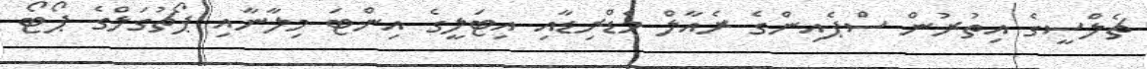
ޗެލްސީގެ އިތުރުން ސްޕެއިންގެ ރެއާލް މެޑްރިޑާއި އިޓަލީގެ އިންޓަ މިލާނާއި ޕޯޗުގަލްގެ ޕޯޓޯ